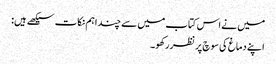
میں نے اس کتاب میں سے چند اہم نکات سیکھے ہیں:
اپنے دماغ کی سوچ پر نظر رکھو۔